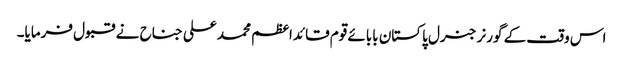
اس وقت کے گورنر جنرل پاکستان بابائے قوم قائداعظم محمد علی جناح نے قبول فرمایا۔